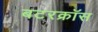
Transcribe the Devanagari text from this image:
बटरक्रॉस